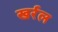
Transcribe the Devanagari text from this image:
खर्रल